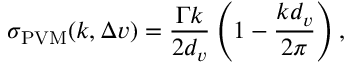
\sigma _ { \mathrm { P V M } } ( k , \Delta v ) = \frac { \Gamma k } { 2 d _ { v } } \left( 1 - \frac { k d _ { v } } { 2 \pi } \right) ,